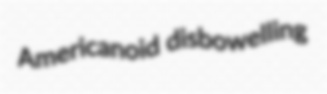
Americanoid disbowelling